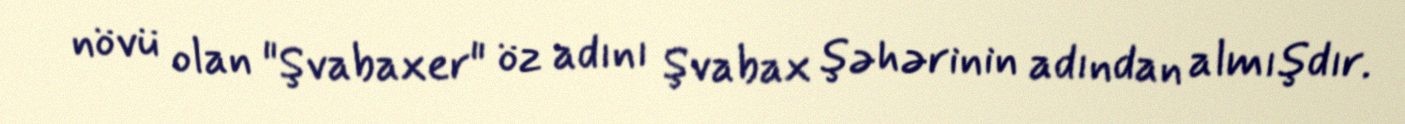
növü olan "Şvabaxer" öz adını Şvabax şəhərinin adından almışdır.